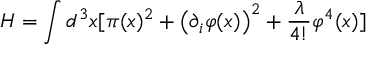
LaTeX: H = \int d ^ { 3 } x [ \pi ( x ) ^ { 2 } + \left( \partial _ { i } \varphi ( x ) \right) ^ { 2 } + { \frac { \lambda } { 4 ! } } \varphi ^ { 4 } ( x ) ]